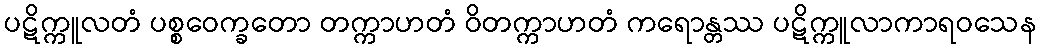
ပဋိက္ကူလတံ ပစ္စဝေက္ခတော တက္ကာဟတံ ဝိတက္ကာဟတံ ကရောန္တဿ ပဋိက္ကူလာကာရဝသေန